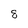
Character: 8